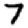
Digit: 7